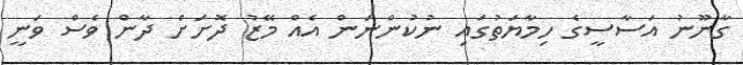
ގާނޫނު އަސާސީގެ ހިމާޔަތުގައި ނުކުންނަން އެއް މޭޒު ދޮށަށް ދާން ވެސް ވަނީ